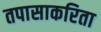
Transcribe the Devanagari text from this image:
तपासाकरिता